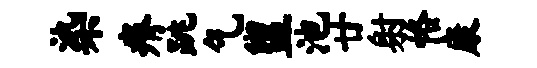
染瘠跳乞盥池廿射恪康